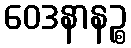
ဝေဒနာနဉ္စ